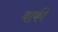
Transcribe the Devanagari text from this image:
वाफी